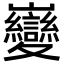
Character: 𫶦